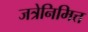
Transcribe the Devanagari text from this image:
जत्रेनिमित्त